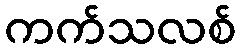
ကက်သလစ်